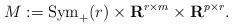
LaTeX: \begin{align*}M:= {\rm Sym}_+(r) \times {\bf R}^{r\times m} \times {\bf R}^{p\times r}.\end{align*}